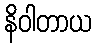
နိဝါတာယ